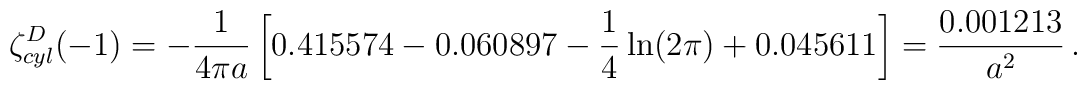
\zeta_{cyl}^D(-1)=-\frac{1}{4\pi a}\left[0.415574-0.060897-\frac{1}{4}\ln(2\pi)+0.045611 \right]=\frac{0.001213}{a^2}\,{.}